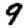
Digit: 9